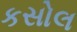
કસોલ